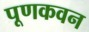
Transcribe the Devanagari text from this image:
पूणकवन